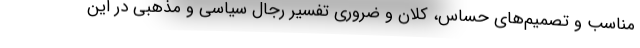
مناسب و تصمیم‌های حساس، کلان و ضروری تفسیر رجال سیاسی و مذهبی در این